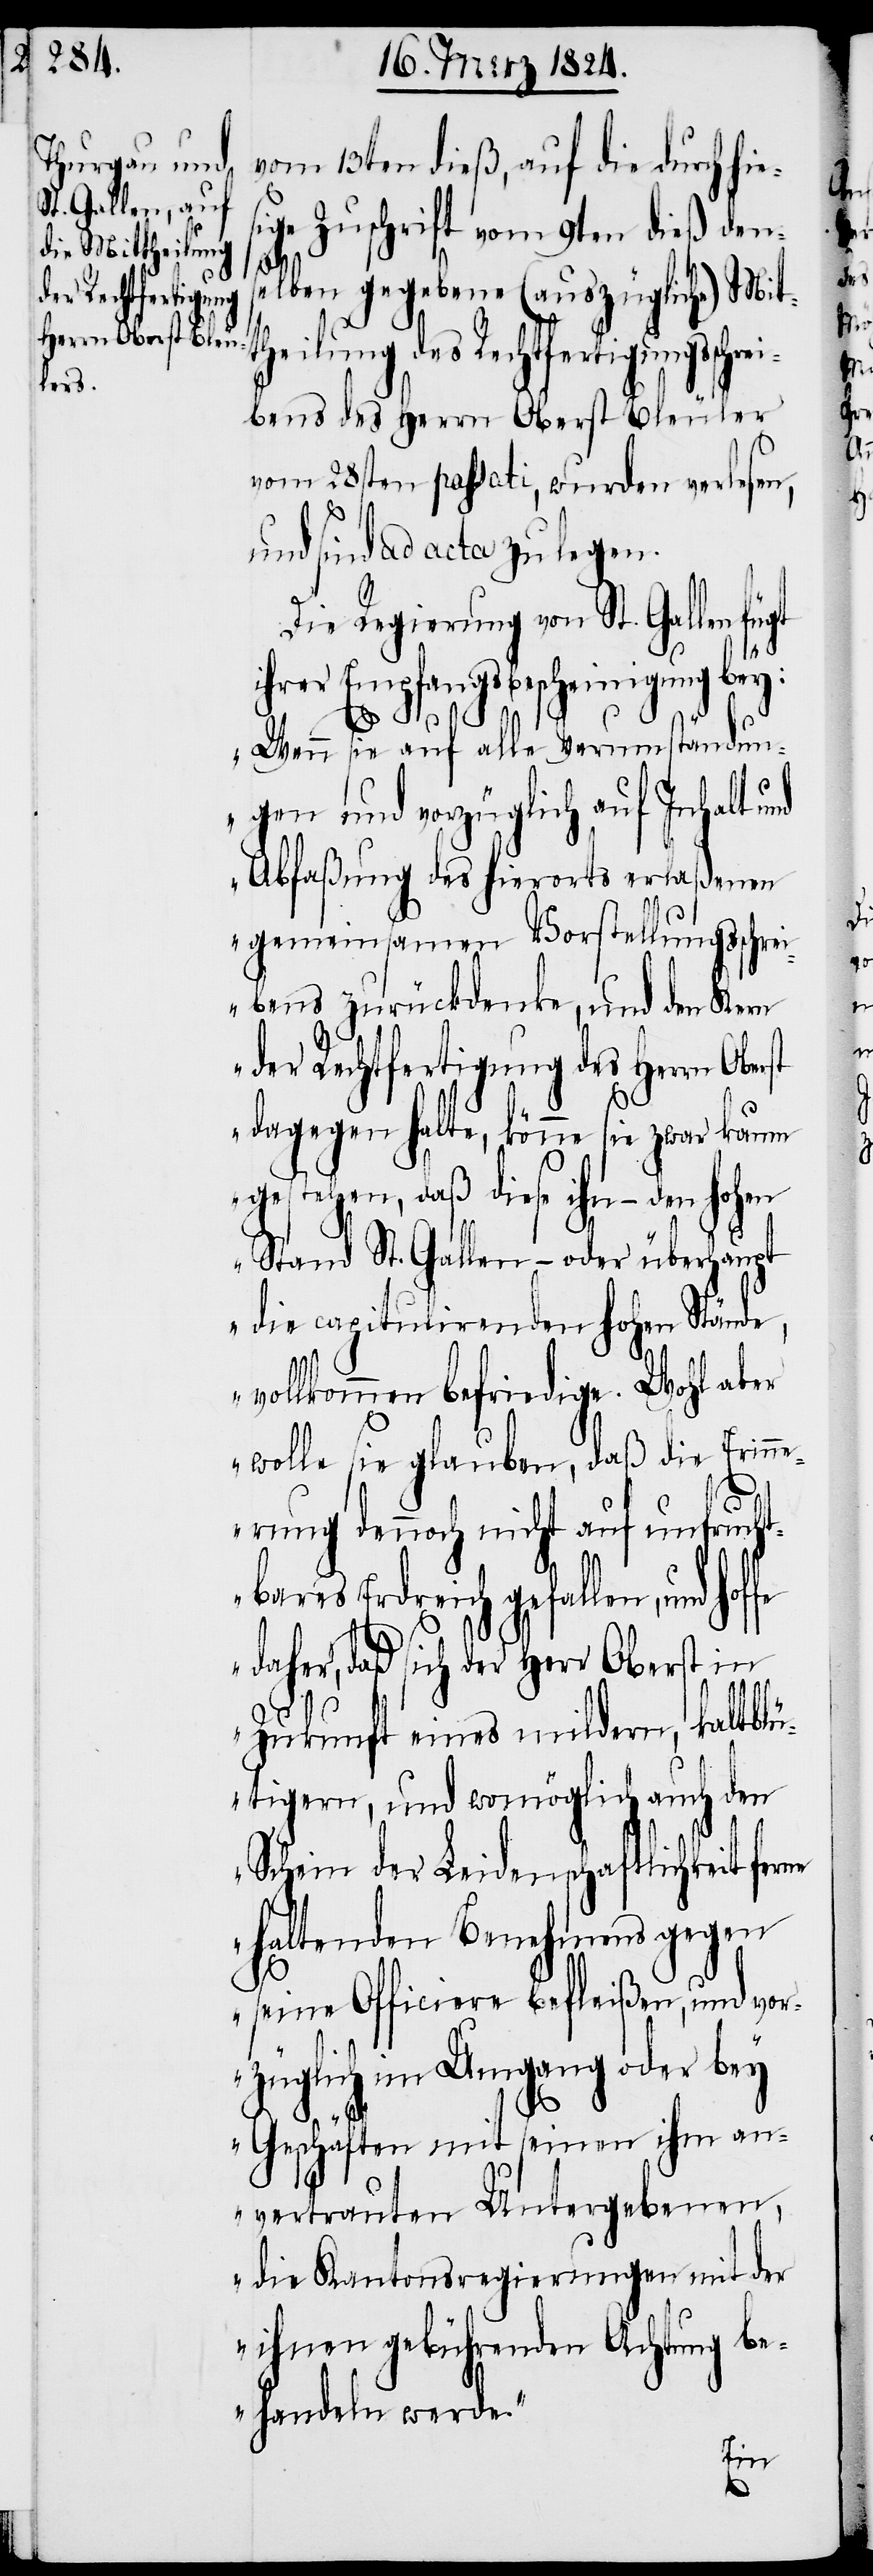
des Rechtfertigung¬

vom 13ten dieß, auf die durch hies¬
ige Zuschrift vom 9ten dieß den¬
rei¬
elben gegebene auszügliche Mit¬
theilung
bens des Herrn Oberst Bleuler
vom 28sten passati, wurden verlesen,
und sind ad acta zu legen.
Die Regierung von St. Gallen fügt
ihrer Empfangsbescheinigung bey:
fe
„Wenn sie auf alle Verumständun¬
gen und vorzüglich auf Inhalt und
Abfaßung des hierorts erlaßenen
gemeinsamen Vorstellungsschre¬
ibens zurückdenke, und den Kern
der Rechtfertigung des Herrn Ober¬
dagegen halte, könne sie zwar kaum
gestehen, daß diese ihn – den
Stand St. Gallen – oder überhaupt
die capitulirenden Stände,
vollkommen befriedige. Wohl aber
wolle sie glauben, daß die Erinn¬
erung dennoch nicht auf unfruch¬
tbares Erdreich gefallen, und hof¬
daher, daß sich der Herr Oberst in
Zukunft eines mildern, kaltblü¬
tigern, und womöglich auch den
Schein der Leidenschaftlichkeit ferne
haltenden Benehmens gegen
seine Officiere befleißen, und vor¬
züglich im Umgang oder bey
Geschäften mit seinen ihm an¬
vertrauten Untergebenen,
die Kantonsregierungen mit der
ihnen gebührenden Achtung be¬
handeln werde.“